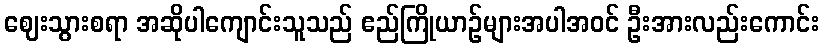
ဈေးသွားစရာ အဆိုပါကျောင်းသူသည် ဧည်ကြိုယာဉ်များအပါအဝင် ဦးအားလည်းကောင်း